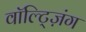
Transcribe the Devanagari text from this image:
वॉल्ट्ज़िंग